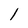
Character: 1